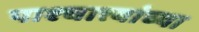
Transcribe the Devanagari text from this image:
पाश्चात्त्यांच्या